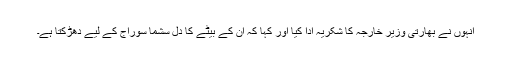
انہوں نے بھارتی وزیر خارجہ کا شکریہ ادا کیا اور کہا کہ ان کے بیٹے کا دل سشما سوراج کے لیے دھڑکتا ہے۔